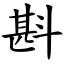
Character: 斟